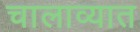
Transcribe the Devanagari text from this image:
चालाव्यात